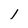
Character: l